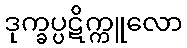
ဒုက္ခပ္ပဋိက္ကူလော